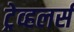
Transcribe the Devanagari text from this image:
ट्रेव्हलर्स